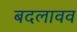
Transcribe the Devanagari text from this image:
बदलावव